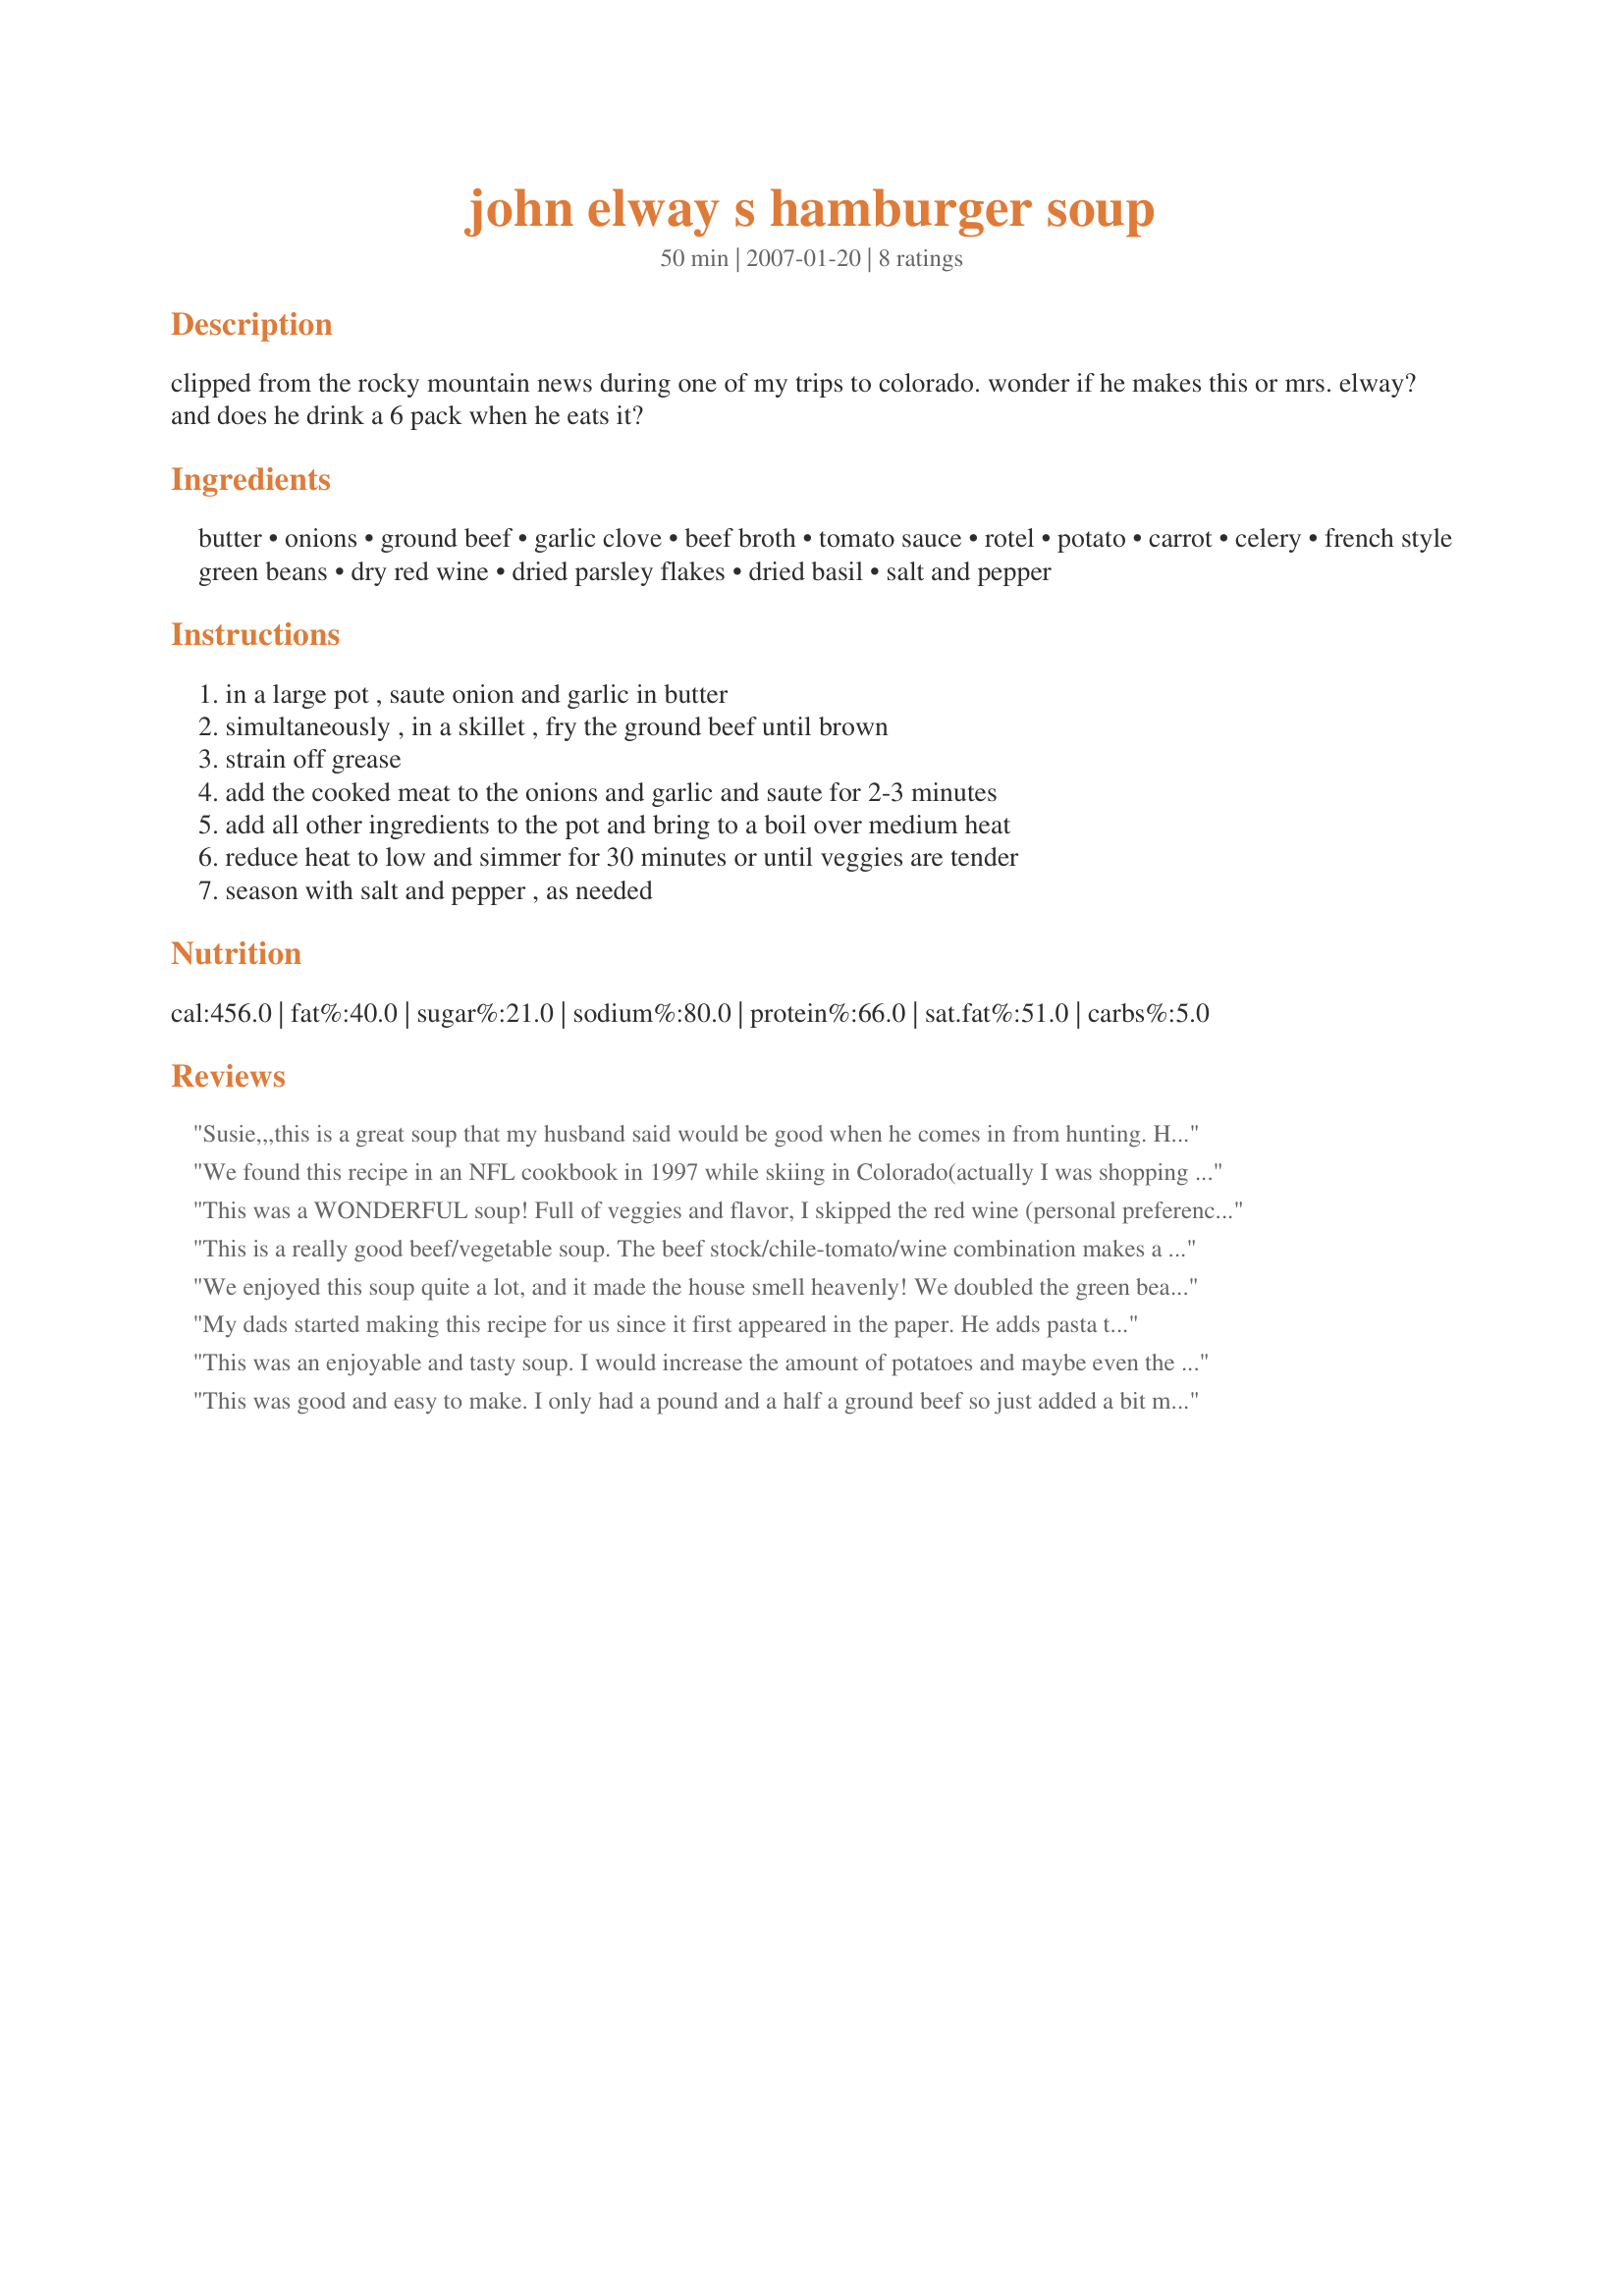
john elway s hamburger soup
Preparation time: 50 minutes

clipped from the rocky mountain news during one of my trips to colorado. wonder if he makes this or mrs. elway? and does he drink a 6 pack when he eats it?

Ingredients:
butter, onions, ground beef, garlic clove, beef broth, tomato sauce, rotel, potato, carrot, celery, french style green beans, dry red wine, dried parsley flakes, dried basil, salt and pepper

Steps:
in a large pot , saute onion and garlic in butter, simultaneously , in a skillet , fry the ground beef until brown, strain off grease, add the cooked meat to the onions and garlic and saute for 2-3 minutes, add all other ingredients to the pot and bring to a boil over medium heat, reduce heat to low and simmer for 30 minutes or until veggies are tender, season with salt and pepper , as needed

Reviews:
Susie,,,this is a great soup that my husband said would be good when he comes in from hunting. He's an avid hunter and so I"m always looking for something to have ready for him when he gets home at night. Thanks!! I didn't add the dry red wine though as I didn't have any on hand. It was still fab w/o it.
We found this recipe in an NFL cookbook in 1997 while skiing in Colorado(actually I was shopping while my husband and my son skiied). It is one of the few recipes that gives me room for creativity without me spoiling the recipe! I have substituted spicy sausage for the hamburger and accompanied it with jalapeno cornbread and was informed that was the best variation so far. Turkey meat and chicken turned out tasty too. We always used sourdough garlic bread as an accompaniment. "Lots of cheese on top please" is what my son always said. I left it cooking in the crock pot all day and it was delicious aroma in the house and a very tasty & satisfying wintertime meal.
This was a WONDERFUL soup! Full of veggies and flavor, I skipped the red wine (personal preference) and used another cup of broth. This did not detract at all from the flavor. Served with warm toasty bread and a salad, it made for a great meal. Thanks for sharing, made for SOUP'S ON DIABETIC FORUM TAG, January 2010!
This is a really good beef/vegetable soup. The beef stock/chile-tomato/wine combination makes a great base to work with. The vegetables included are fine on their own, but I had some zucchini and a couple of mushrooms I needed to use up, so I threw them into the mix. Also added a bit more potato.
I used only about 1 qt of beef broth and then threw in another splash of wine and a bit more tomato sauce. Delicious. Thanks for posting.
We enjoyed this soup quite a lot, and it made the house smell heavenly! We doubled the green beans, added mushrooms, zucchini, red pepper flakes and a cup of small pasta. Served with super crusty baguettes to soak up the delicious broth.
My dads started making this recipe for us since it first appeared in the paper. He adds pasta to his and it's become my husbands most requested meal in the winter. It's got a great taste to it.
This was an enjoyable and tasty soup. I would increase the amount of potatoes and maybe even the carrots the next time I make it. Thanks for the good soup dinner.
This was good and easy to make. I only had a pound and a half a ground beef so just added a bit more veggies. I kept everything else the same. We enjoyed it but it is the first time I had put red wine in soup and we thought it was a bit overpowering. I think I would cut back a bit the next time.
